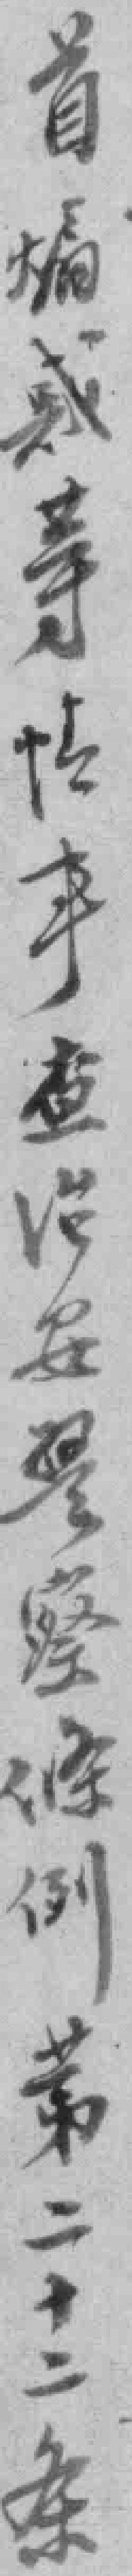
首煽惑䓁情事查治安警察條例苐二十二条